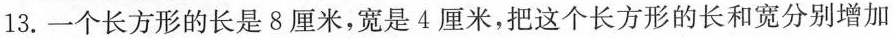
13. 一个长方形的长是8厘米，宽是4厘米，把这个长方形的长和宽分别增加